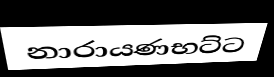
නාරායණභට්ට